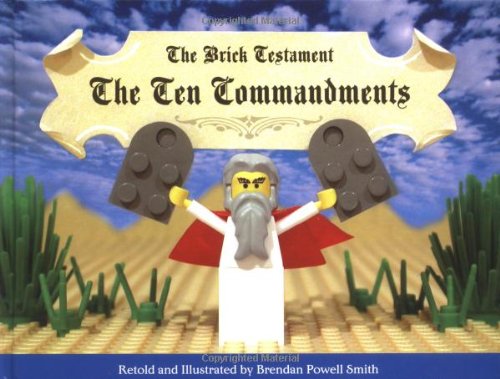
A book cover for The Brick Testament: The Ten Commandments; Humor & Entertainment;